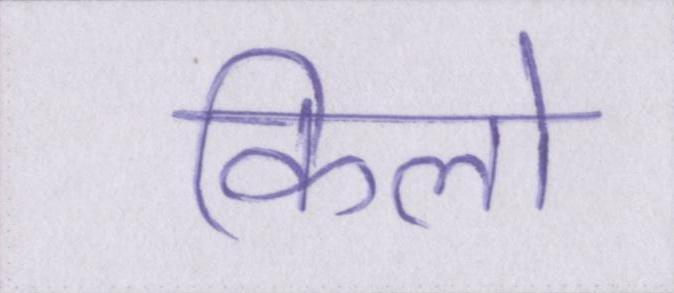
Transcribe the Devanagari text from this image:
किलो